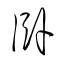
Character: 臥